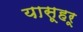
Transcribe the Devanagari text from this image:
यासूहरू